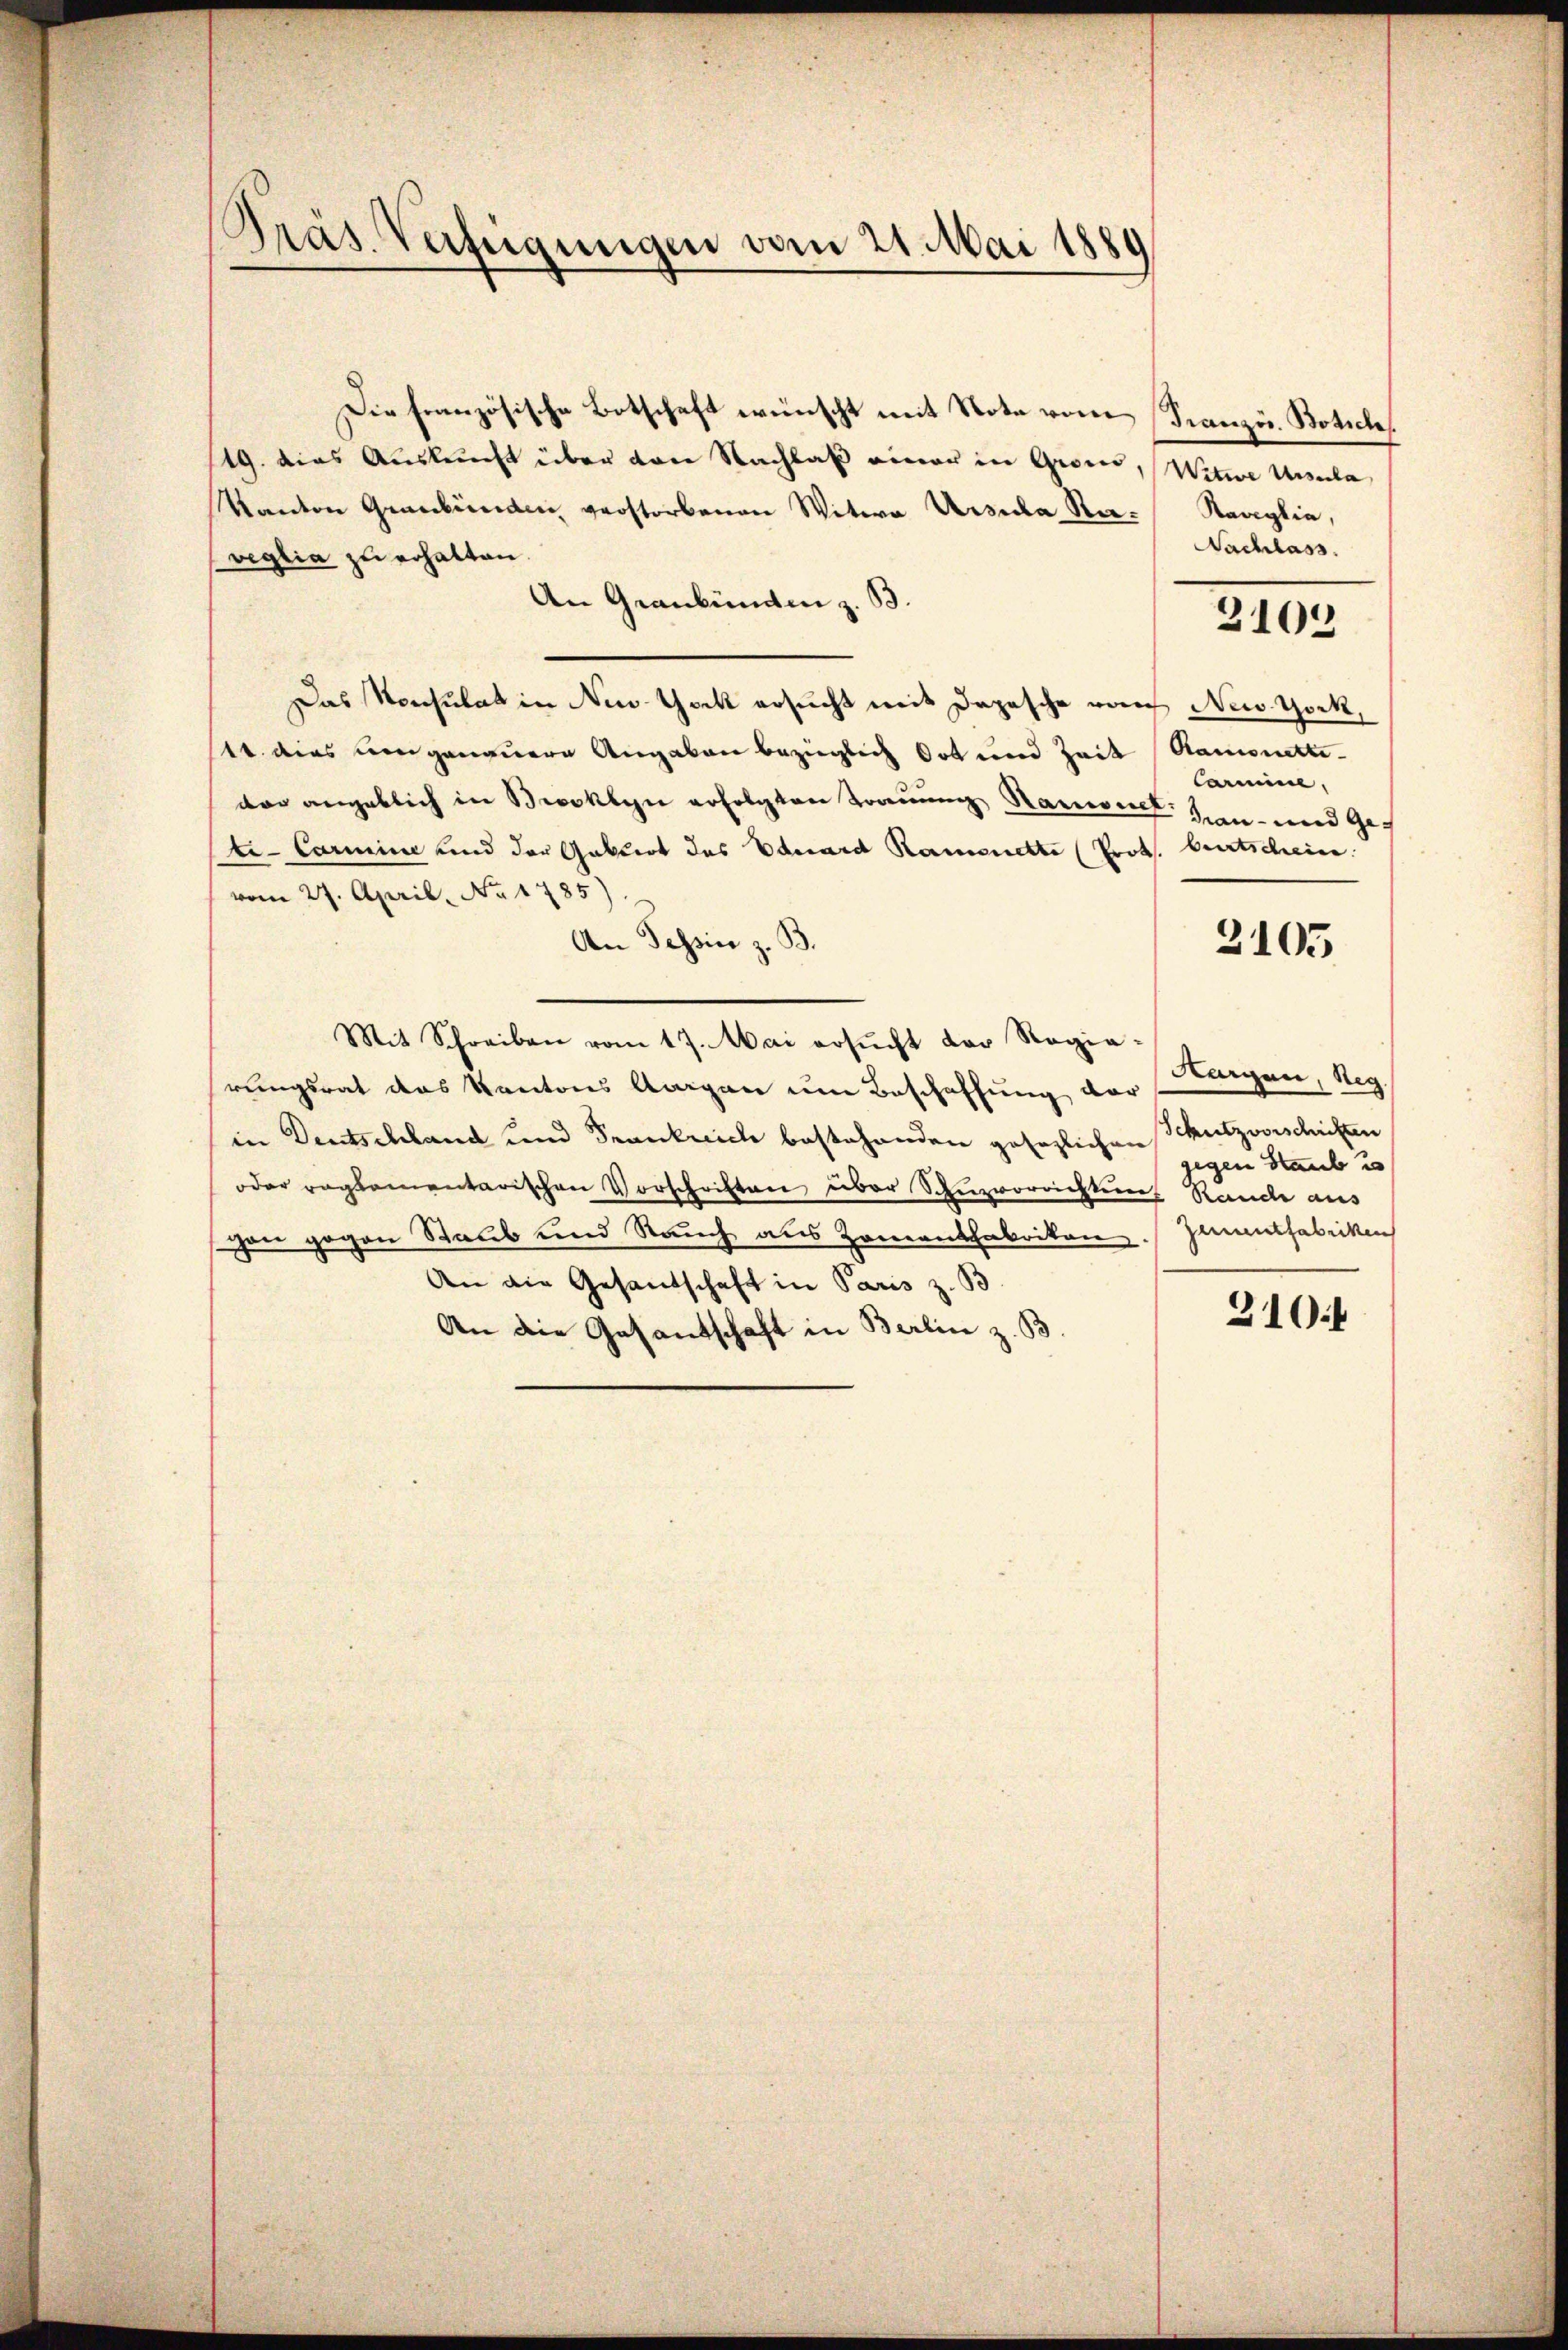
Präs. Verfügungen vom 21. Mai 1889

Die Französische Botschaft wünscht mit Note vom Französ. Botsche
19. dies Ausleucht über von Nachlaß einer in Gegen, Witwe Ursula
Manten Graubünden verstorbenen Witwe Ursula Ra-Saaglia,
veglia zu erhalten.
An Graubünden z. B.
Das Konsulat in New York ersucht mit Depesche von New York,
1t. dies umgenauere Angaben bezüglich Ort und Zeit Ramonettedar angeblich in Brooklyn erfolgten Trauung Ramonet zu und Gete- Carmine und der Gattert das Eduard Ramonette (Prot. Bertschein.
vom 27. April, No 1785).
An Tessin z. B
Mit Schreiben vom 17. Mai ersŭcht der Regie-
Horgen, Reg.
rungsrat das Kantons Aargau um Beschaffung der
in Deutschland und Frankreich bestehenden gesezlichen Schutzvorschriften
gegen Staub u
oder reglementarischen Vorschriften über Schuzvorrichten Rande aus
en gegen Staub und Rauch aus Zamantfabriken. Zumuthabicken
An die Gesandschaft in Paris z. B.
310f
An die Gesantschaft in Berlin z. B.

Nachlass.

3109

Carmine,

2105